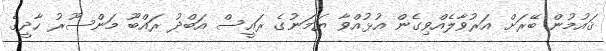
ޤައުމުން ބޭރަށް އަރުވާލެއްވިގެން އުޅުއްވާ ޔަމަނުގެ ރައީސް އަބްދު ރައްބޫ މަންސޫރު ހާދީގެ